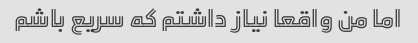
اما من واقعا نیاز داشتم که سریع باشم